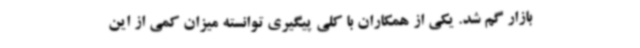
بازار گم شد. یکی از همکاران با کلی پیگیری توانسته میزان کمی از این